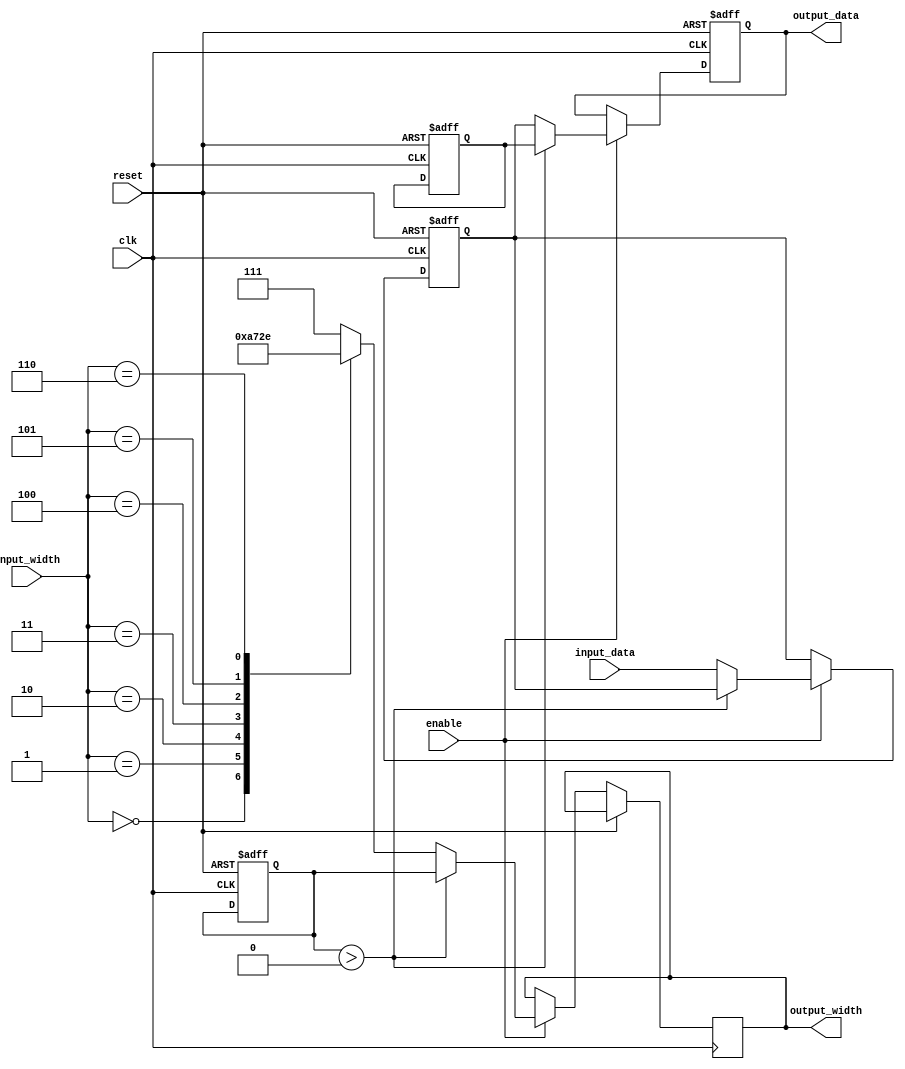
module variable_width_bypass_register (
    input wire clk,
    input wire reset,
    input wire enable,
    input wire [7:0] input_data,
    input wire [2:0] input_width,
    output reg [7:0] output_data,
    output reg [2:0] output_width
);

reg [7:0] data_register;
reg [7:0] bypass_data;
reg [2:0] bypass_width;
reg [7:0] output_data_reg;

always @(posedge clk or posedge reset) begin
    if (reset) begin
        data_register <= 8'b0;
        bypass_data <= 8'b0;
        bypass_width <= 3'b0;
        output_data_reg <= 8'b0;
    end else if (enable) begin
        // Bypass logic
        if (bypass_width > 0) begin
            output_data_reg <= bypass_data;
            output_width <= bypass_width;
        end else begin
            // Register logic
            data_register <= input_data;
            
            // Dynamically adjust output width
            case(input_width)
                3'b000: output_width <= 3'b000;
                3'b001: output_width <= 3'b001;
                3'b010: output_width <= 3'b010;
                3'b011: output_width <= 3'b011;
                3'b100: output_width <= 3'b100;
                3'b101: output_width <= 3'b101;
                3'b110: output_width <= 3'b110;
                default: output_width <= 3'b111;
            endcase
            
            output_data_reg <= data_register;
        end
    end
end

assign output_data = output_data_reg;

endmodule